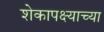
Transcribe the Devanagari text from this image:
शेकापक्ष्याच्या